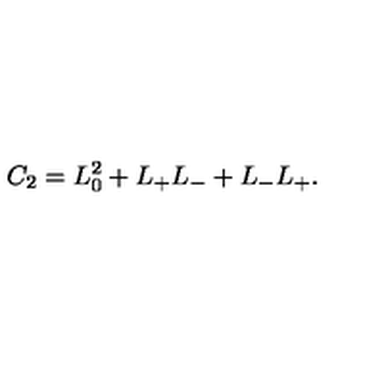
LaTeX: C _ { 2 } = L _ { 0 } ^ { 2 } + L _ { + } L _ { - } + L _ { - } L _ { + } .